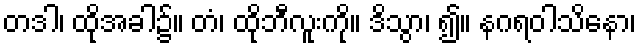
တဒါ၊ ထိုအခါ၌။ တံ၊ ထိုဘီလူးကို။ ဒိသွာ၊ ၍။ နဂရဝါသိနော၊